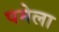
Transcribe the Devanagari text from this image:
पमेला